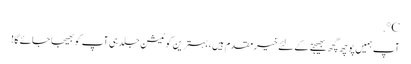
℃.
آپ ہمیں پوچھ گچھ بھیجنے کے لئے خیرمقدم ہیں ، بہترین کوٹیشن جلد ہی آپ کو بھیجا جائے گا!